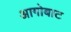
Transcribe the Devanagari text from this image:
आगोबाट